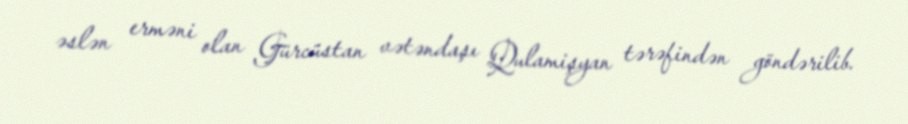
əslən erməni olan Gürcüstan vətəndaşı Qulamişyan tərəfindən göndərilib.